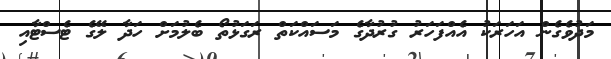
މަދުވެގެން އަހަރަކު އެއްފަހަރު ގުރުދާގެ މަސައްކަތް ރަގަޅުތޯ ބެލުމަށް ހަދާ ލޭގެ ޓެސްޓާއި